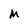
Character: M